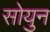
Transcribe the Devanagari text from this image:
सोयुन